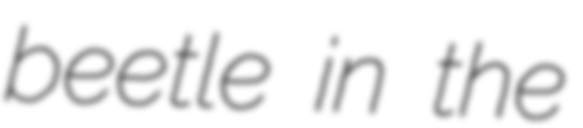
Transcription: beetle in the